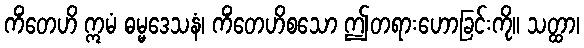
ကိံတေဟိ ဣမံ ဓမ္မဒေသနံ၊ ကိံတေဟိစသော ဤတရားဟောခြင်းကို။ သတ္ထာ၊